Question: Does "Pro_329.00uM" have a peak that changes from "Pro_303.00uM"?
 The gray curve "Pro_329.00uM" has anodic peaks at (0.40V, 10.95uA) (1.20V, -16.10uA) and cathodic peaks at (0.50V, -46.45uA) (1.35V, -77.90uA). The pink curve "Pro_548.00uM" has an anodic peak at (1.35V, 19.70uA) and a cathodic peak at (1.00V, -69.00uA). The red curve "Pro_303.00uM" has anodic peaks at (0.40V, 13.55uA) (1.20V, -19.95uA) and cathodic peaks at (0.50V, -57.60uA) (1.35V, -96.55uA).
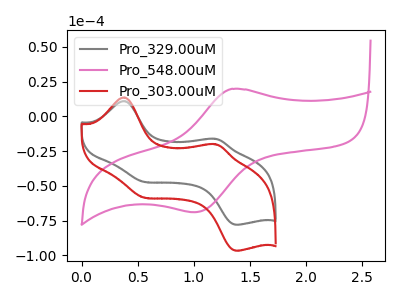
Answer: <think>All the peaks in "Pro_329.00uM" have a peak in "Pro_303.00uM" at the same potential.
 </think>
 <answer>No, "Pro_329.00uM" and "Pro_303.00uM" don't appear to be significantly different in shape</answer>
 <eval>no_change</eval>